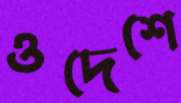
ওদেশে